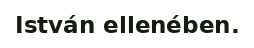
István ellenében.